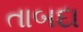
તાબદા